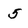
Character: 5